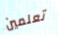
تعلمين